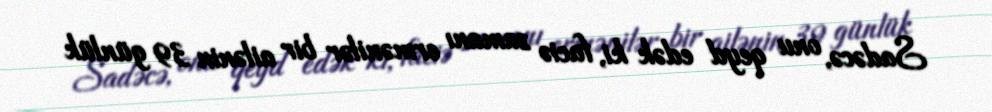
Sadəcə, onu qeyd edək ki, faciə zamanı ermənilər bir ailənin 39 günlük